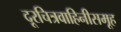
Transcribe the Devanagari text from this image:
दूरचित्रवाहिनीसमूह